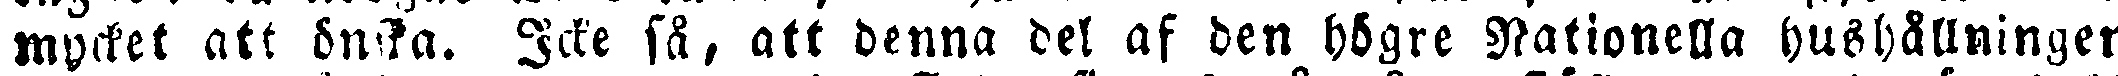
mycket att önska. Icke så, att denna del af den högre Nationella hushållningen